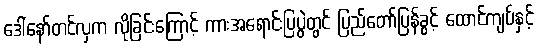
ဒေါ်နော်တင်လှက လိုခြင်းကြောင့် ကားအရောင်းပြပွဲတွင် ပြည်တော်ပြန်ခွင့် ထောင်ကျပ်နှင့်